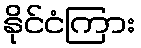
နိုင်ငံကြား